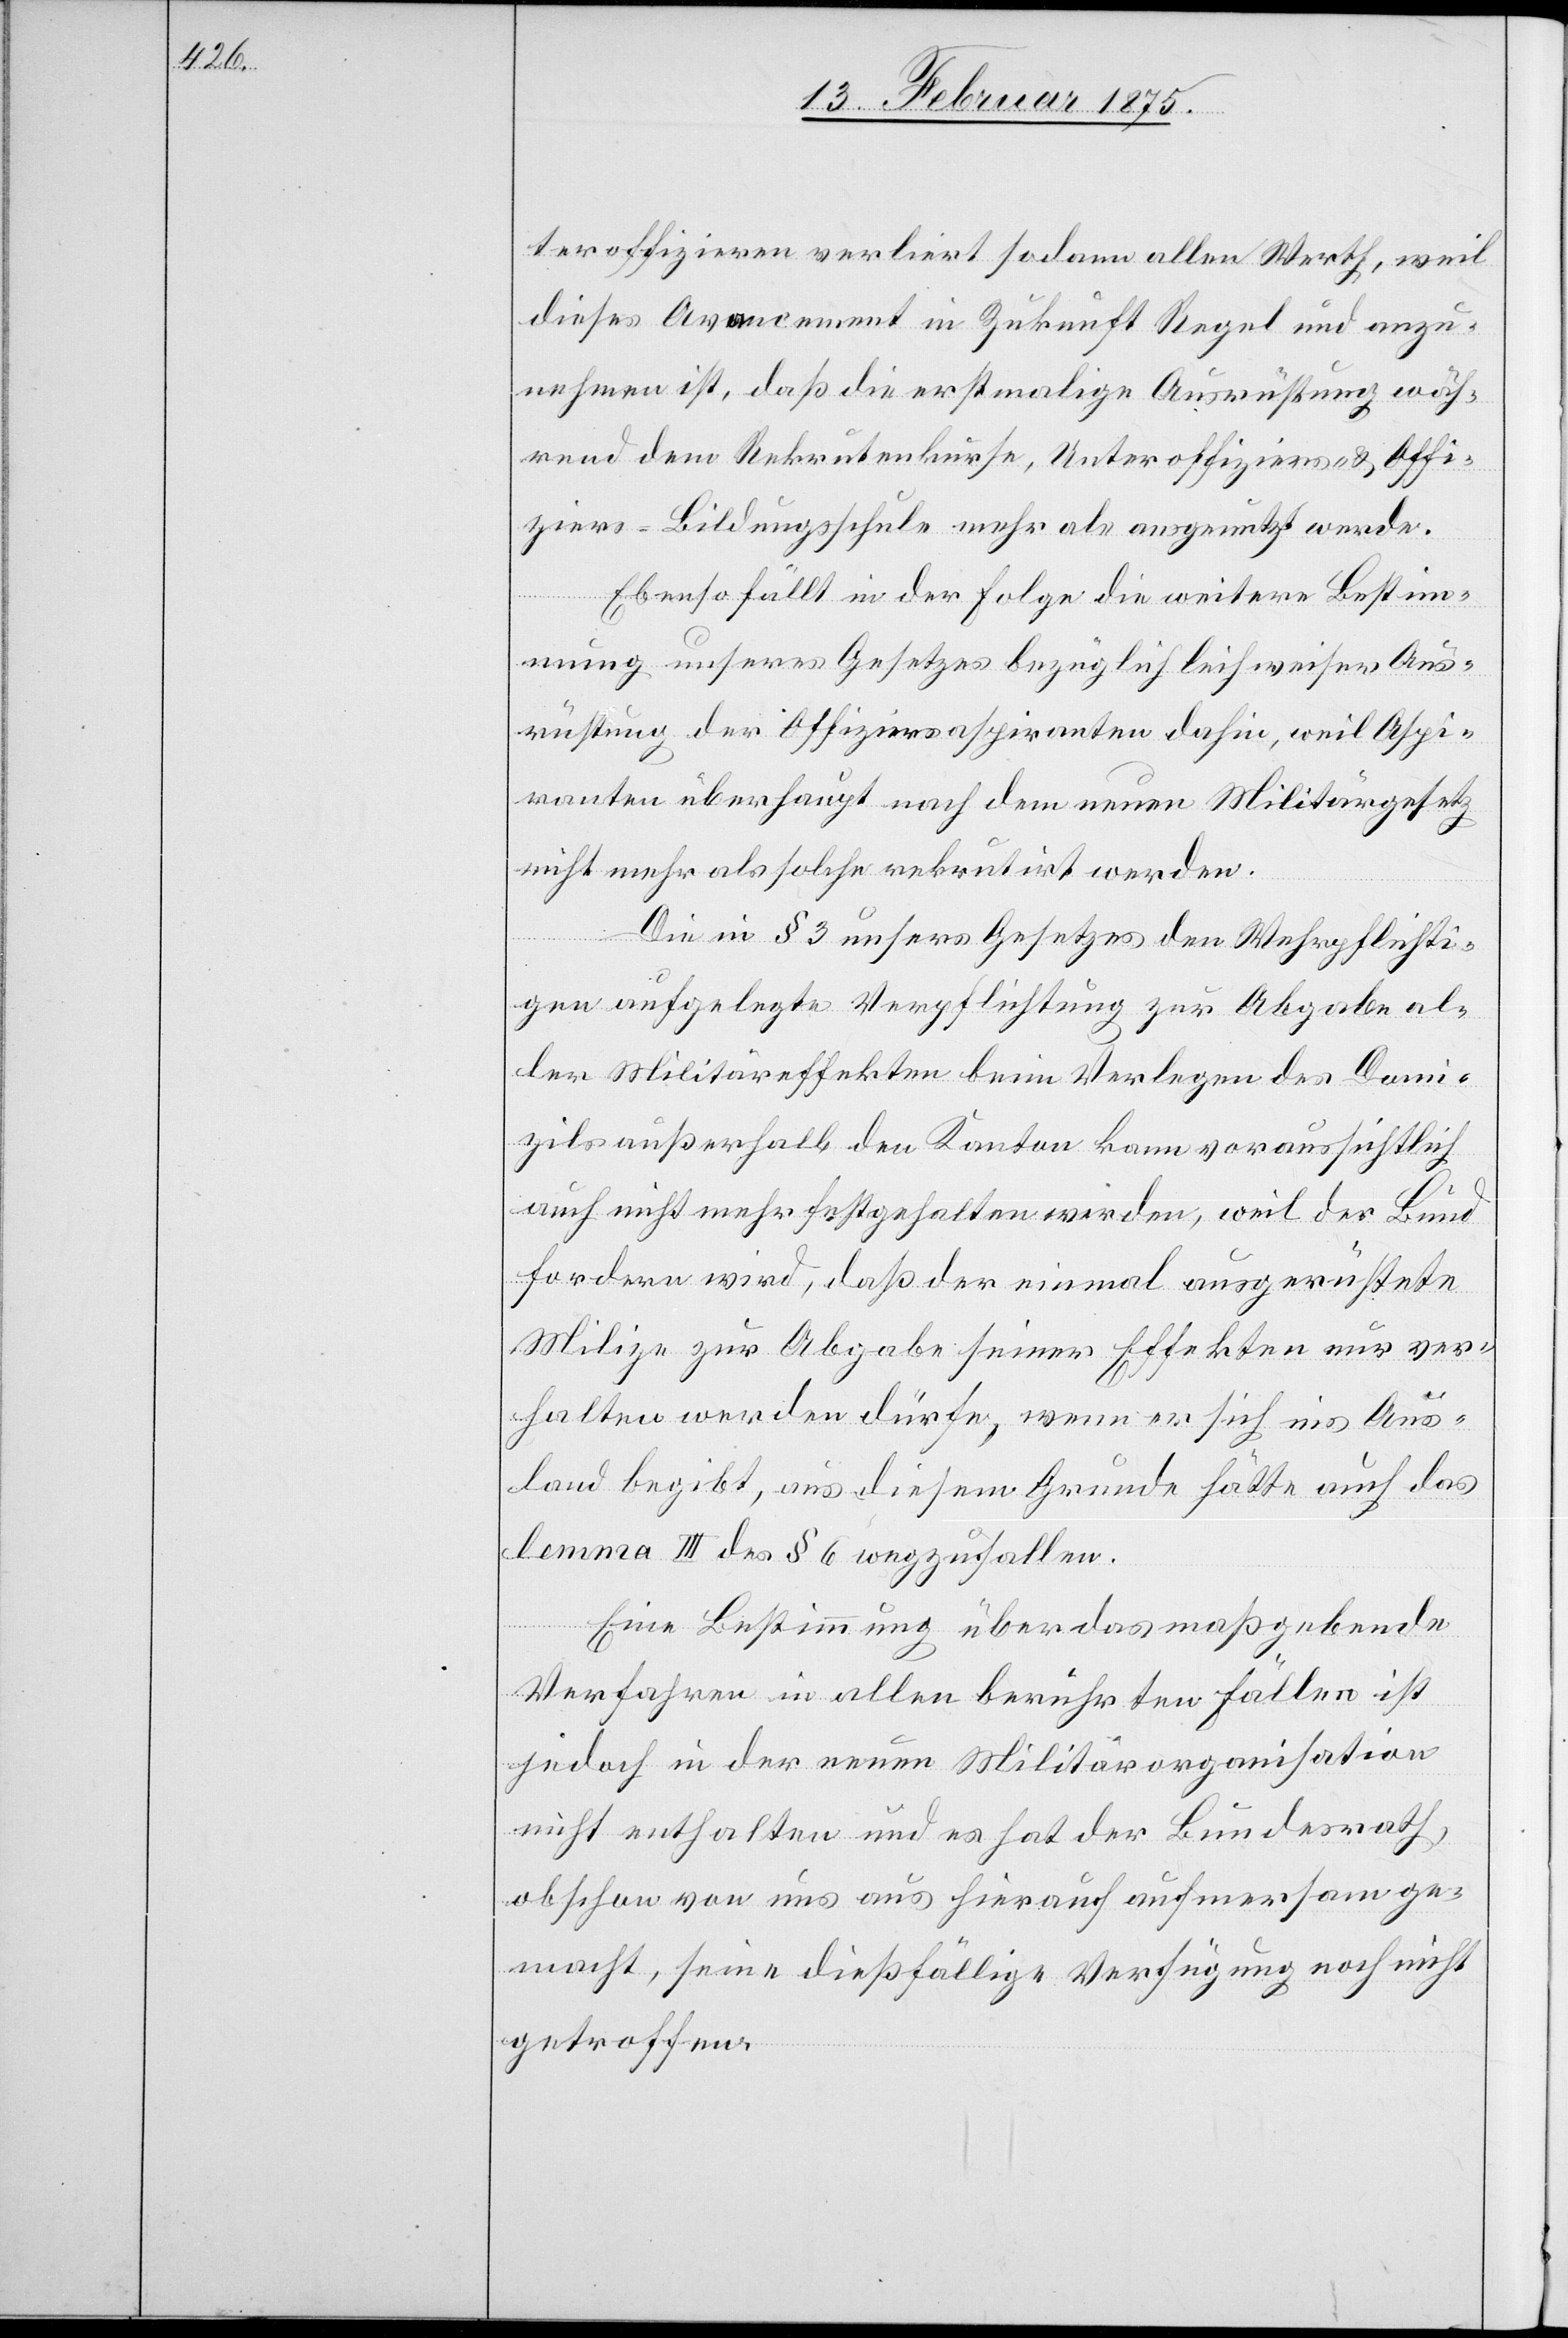
teroffizieren verliert sodann allen Werth, weil
dieses Avancement in Zukunft Regel und anzu¬
nehmen ist, daß die erstmalige Ausrüstung wäh¬
rend dem Rekrutenkurse, Unteroffiziers- & Offi¬
ziers-Bildungsschule mehr als ausgenutzt werde.
Ebenso fällt in der Folge die weitere Bestimm¬
ung unseres Gesetzes bezüglich leihweiser Aus¬
rüstung der Offiziersaspiranten dahin, weil Aspi¬
ranten überhaupt nach dem neuen Militärgesetz
nicht mehr als solche rekrutirt werden.
Die in § 3 unsers Gesetzes den Wehrpflichti¬
gen aufgelegte Verpflichtung zur Abgabe al¬
ler Militäreffekten beim Verlegen des Domi¬
zils außerhalb den Kanton kann voraussichtlich
auch nicht mehr festgehalten werden, weil der Bund
fordern wird, daß der einmal ausgerüstete
Milize zur Abgabe seiner Effekten nur ver¬
halten werden dürfe, wenn er sich ins Aus¬
land begibt, aus diesem Grunde hätte auch das
lemma III des § 6 wegzufallen.
Eine Bestimmung über das maßgebende
Verfahren in allen berührten Fällen ist
jedoch in der neuen Militärorganisation
nicht enthalten und es hat der Bundesrath,
obschon von uns aus hierauf aufmerksam ge¬
macht, seine dießfällige Verfügung noch nicht
getroffen.